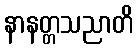
နာနတ္တသညာတိ